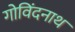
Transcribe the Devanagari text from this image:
गोविंदनाथ